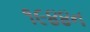
૧૯૪૪ન